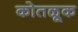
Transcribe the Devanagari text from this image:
कोतळूक